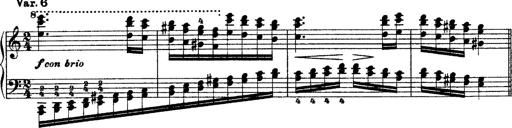
Title: Grandes Ã©tudes de Paganini
Composer: Franz Liszt